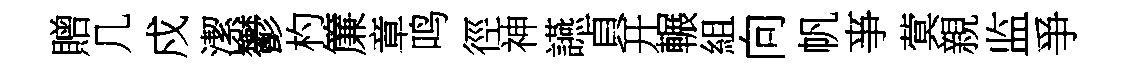
贈几戍潔鬱杓簾章鸣徑神讌貞开輾組向帆亊蓂親监爭